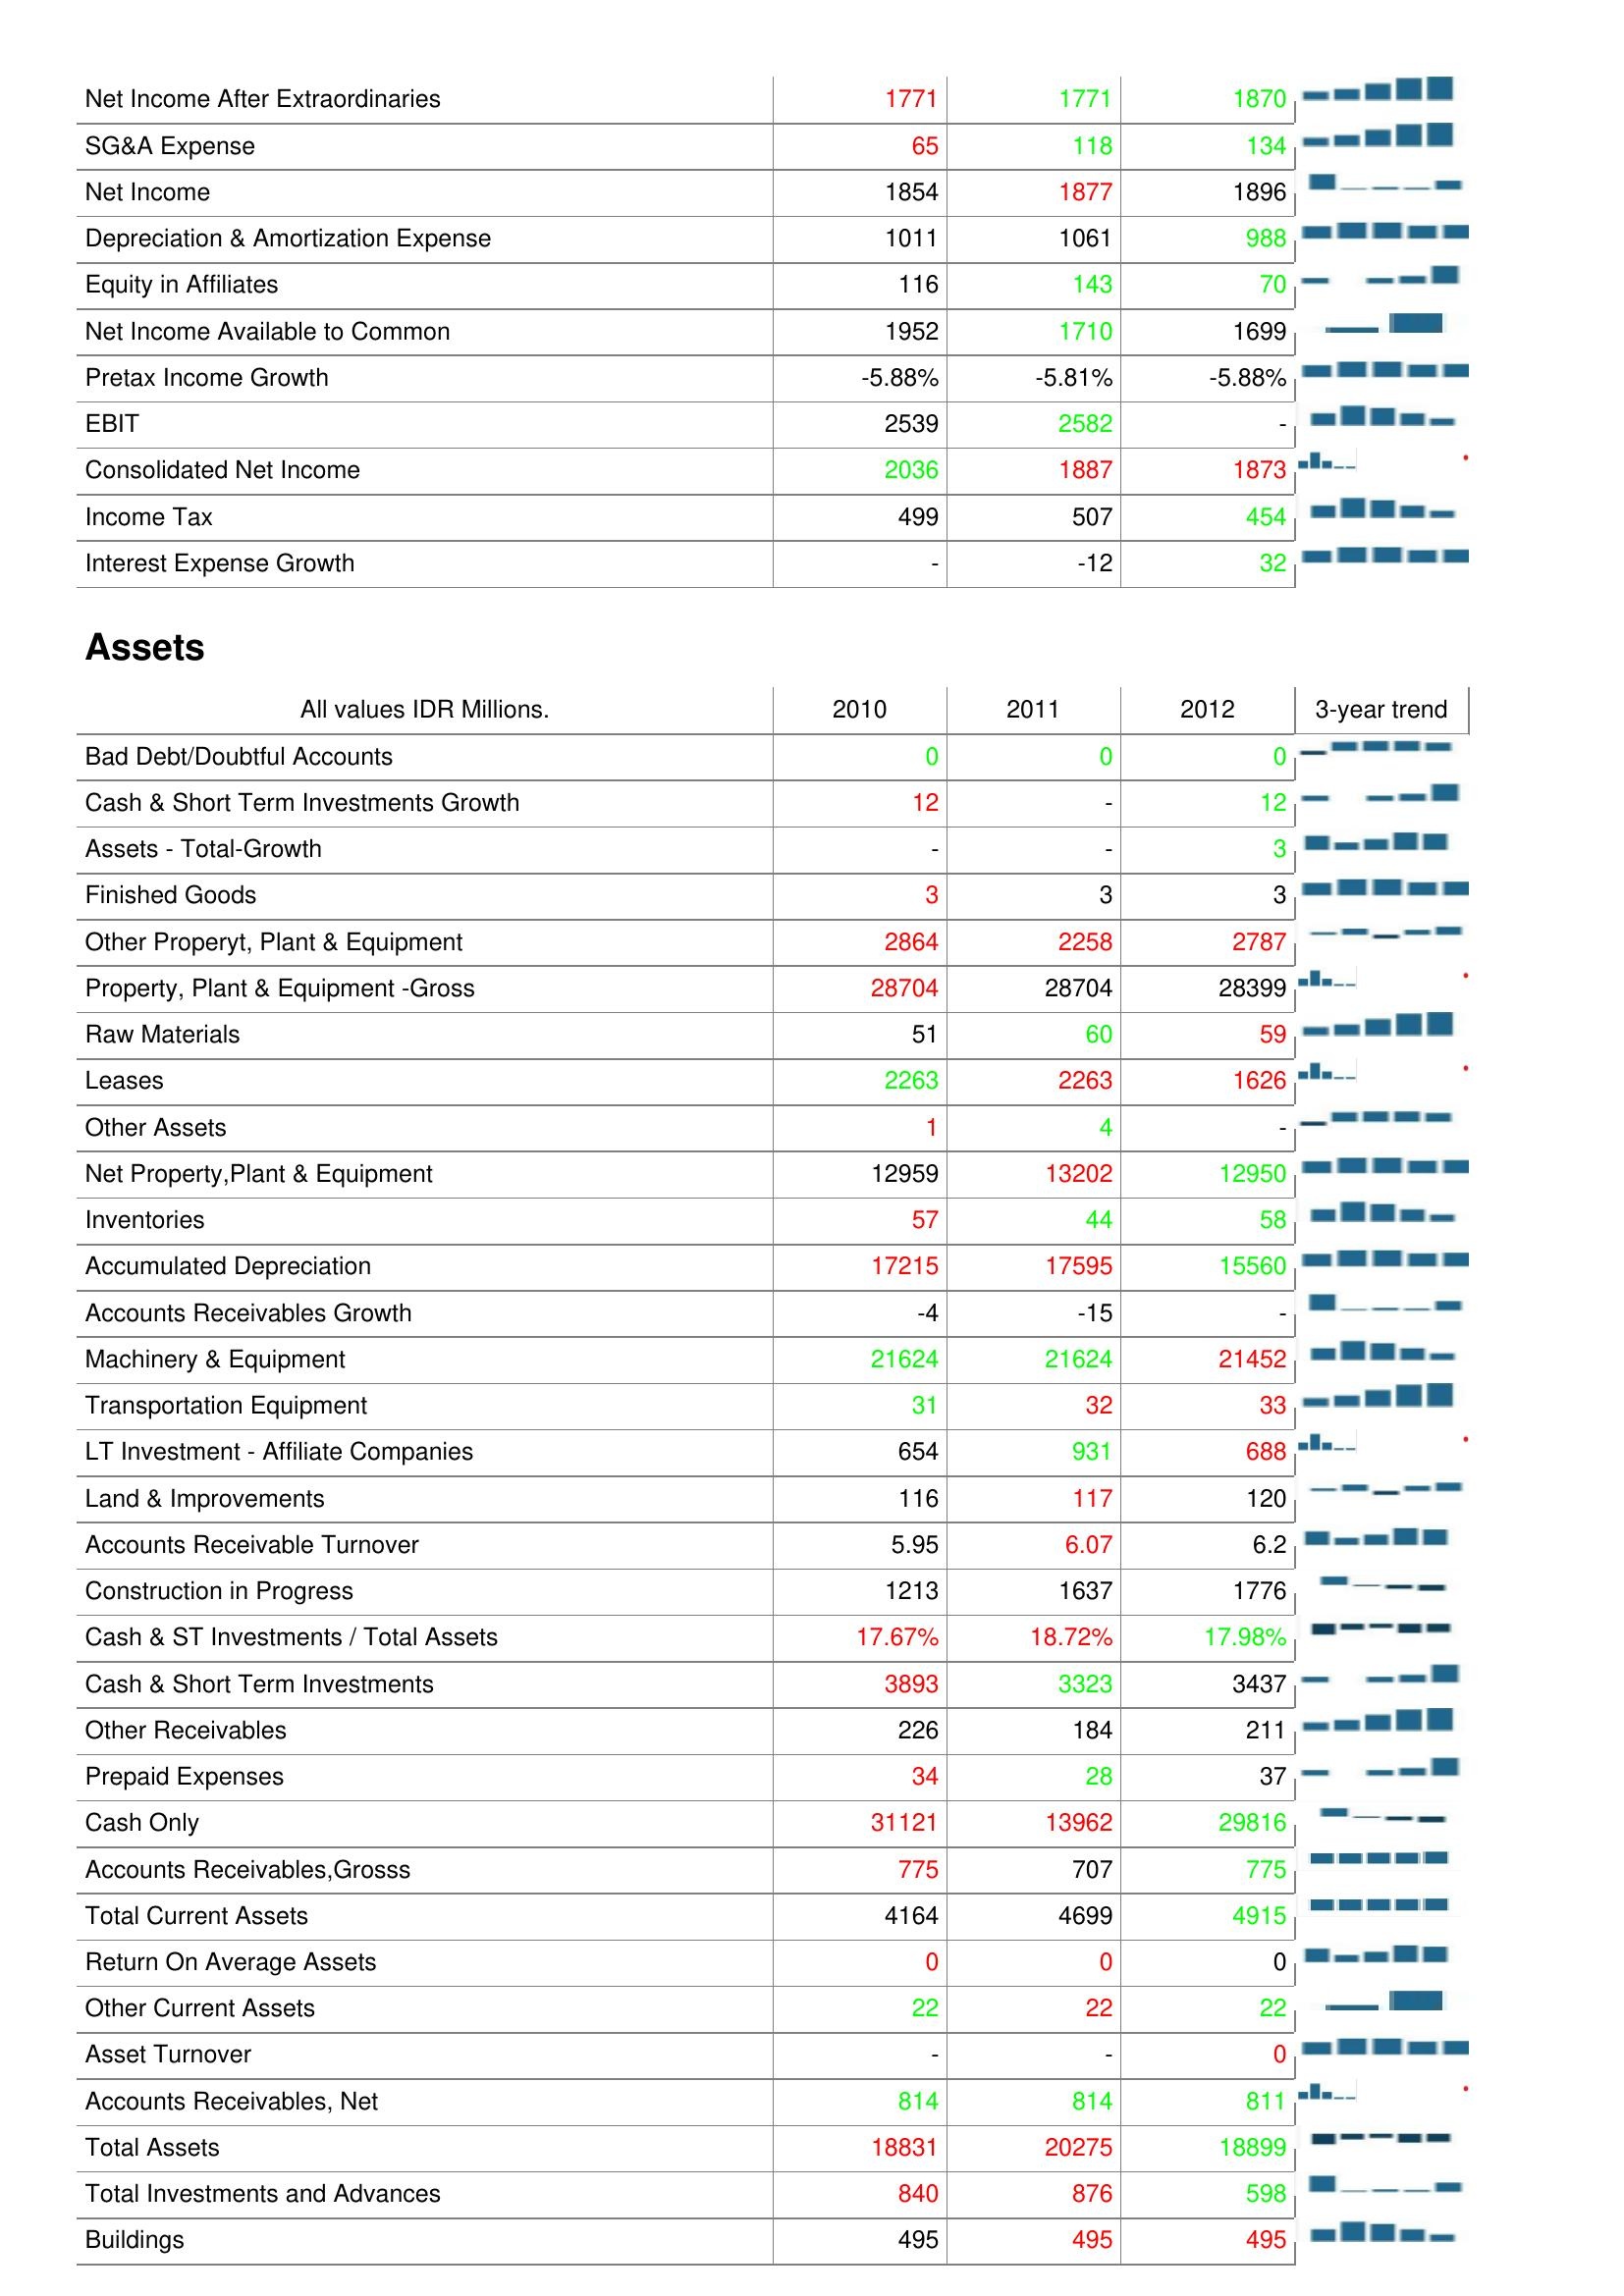
2010: : Net Income After Extraordinaries: 1771
SG&A Expense: 65
Net Income: 1854
Depreciation & Amortization Expense: 1011
Equity in Affiliates: 116
Net Income Available to Common: 1952
Pretax Income Growth: -5.88%
EBIT: 2539
Consolidated Net Income: 2036
Income Tax: 499
Interest Expense Growth: -
Assets: Bad Debt/Doubtful Accounts: 0
Cash & Short Term Investments Growth: 12
Assets - Total-Growth: -
Finished Goods: 3
Other Properyt, Plant & Equipment: 2864
Property, Plant & Equipment -Gross: 28704
Raw Materials: 51
Leases: 2263
Other Assets: 1
Net Property,Plant & Equipment: 12959
Inventories: 57
Accumulated Depreciation: 17215
Accounts Receivables Growth: -4
Machinery & Equipment: 21624
Transportation Equipment: 31
LT Investment - Affiliate Companies: 654
Land & Improvements: 116
Accounts Receivable Turnover: 5.95
Construction in Progress: 1213
Cash & ST Investments / Total Assets: 17.67%
Cash & Short Term Investments: 3893
Other Receivables: 226
Prepaid Expenses: 34
Cash Only: 31121
Accounts Receivables,Grosss: 775
Total Current Assets: 4164
Return On Average Assets: 0
Other Current Assets: 22
Asset Turnover: -
Accounts Receivables, Net: 814
Total Assets: 18831
Total Investments and Advances: 840
Buildings: 495
2011: : Net Income After Extraordinaries: 1771
SG&A Expense: 118
Net Income: 1877
Depreciation & Amortization Expense: 1061
Equity in Affiliates: 143
Net Income Available to Common: 1710
Pretax Income Growth: -5.81%
EBIT: 2582
Consolidated Net Income: 1887
Income Tax: 507
Interest Expense Growth: -12
Assets: Bad Debt/Doubtful Accounts: 0
Cash & Short Term Investments Growth: -
Assets - Total-Growth: -
Finished Goods: 3
Other Properyt, Plant & Equipment: 2258
Property, Plant & Equipment -Gross: 28704
Raw Materials: 60
Leases: 2263
Other Assets: 4
Net Property,Plant & Equipment: 13202
Inventories: 44
Accumulated Depreciation: 17595
Accounts Receivables Growth: -15
Machinery & Equipment: 21624
Transportation Equipment: 32
LT Investment - Affiliate Companies: 931
Land & Improvements: 117
Accounts Receivable Turnover: 6.07
Construction in Progress: 1637
Cash & ST Investments / Total Assets: 18.72%
Cash & Short Term Investments: 3323
Other Receivables: 184
Prepaid Expenses: 28
Cash Only: 13962
Accounts Receivables,Grosss: 707
Total Current Assets: 4699
Return On Average Assets: 0
Other Current Assets: 22
Asset Turnover: -
Accounts Receivables, Net: 814
Total Assets: 20275
Total Investments and Advances: 876
Buildings: 495
2012: : Net Income After Extraordinaries: 1870
SG&A Expense: 134
Net Income: 1896
Depreciation & Amortization Expense: 988
Equity in Affiliates: 70
Net Income Available to Common: 1699
Pretax Income Growth: -5.88%
EBIT: -
Consolidated Net Income: 1873
Income Tax: 454
Interest Expense Growth: 32
Assets: Bad Debt/Doubtful Accounts: 0
Cash & Short Term Investments Growth: 12
Assets - Total-Growth: 3
Finished Goods: 3
Other Properyt, Plant & Equipment: 2787
Property, Plant & Equipment -Gross: 28399
Raw Materials: 59
Leases: 1626
Other Assets: -
Net Property,Plant & Equipment: 12950
Inventories: 58
Accumulated Depreciation: 15560
Accounts Receivables Growth: -
Machinery & Equipment: 21452
Transportation Equipment: 33
LT Investment - Affiliate Companies: 688
Land & Improvements: 120
Accounts Receivable Turnover: 6.2
Construction in Progress: 1776
Cash & ST Investments / Total Assets: 17.98%
Cash & Short Term Investments: 3437
Other Receivables: 211
Prepaid Expenses: 37
Cash Only: 29816
Accounts Receivables,Grosss: 775
Total Current Assets: 4915
Return On Average Assets: 0
Other Current Assets: 22
Asset Turnover: 0
Accounts Receivables, Net: 811
Total Assets: 18899
Total Investments and Advances: 598
Buildings: 495